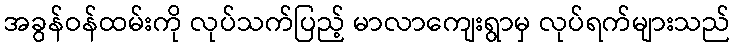
အခွန်ဝန်ထမ်းကို လုပ်သက်ပြည့် မာလာကျေးရွာမှ လုပ်ရက်များသည်